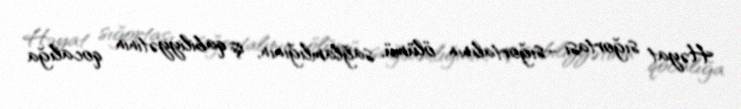
Həyat sığortası –sığortalının ölümü, sağlamlığının, iş qabiliyyətinin qocalığa